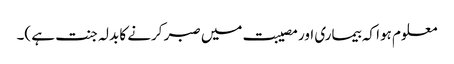
معلوم ہوا کہ بیماری اور مصیبت میں صبر کرنے کا بدلہ جنت ہے )۔